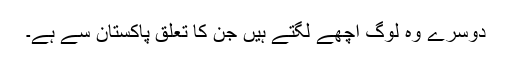
دوسرے وہ لوگ اچھے لگتے ہیں جن کا تعلق پاکستان سے ہے۔